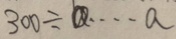
3 0 0 \div b \cdots a